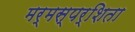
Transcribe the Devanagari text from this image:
मर्मस्पर्शिता